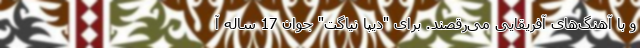
و با آهنگ‌های آفریقایی می‌رقصند. برای "دیپا نیاگت" جوان 17 ساله آ